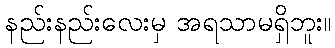
နည်းနည်းလေးမှ အရသာမရှိဘူး။